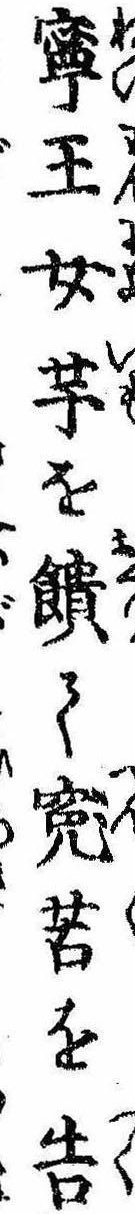
寧王女芋を饋て冤苦を告